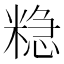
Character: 𮇮